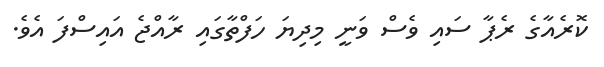
ކޮރެއާގެ ރެޕާ ސައި ވެސް ވަނީ މިދިޔަ ހަފްތާގައި ރާއްޖެ އައިސްފަ އެވެ.